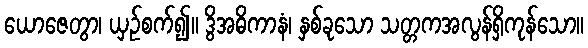
ယောဇေတွာ၊ ယှဉ်စက်၍။ ဒွိအဓိကာနံ၊ နှစ်ခုသော သတ္တကအလွန်ရှိကုန်သော။